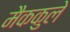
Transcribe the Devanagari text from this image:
मैककुले